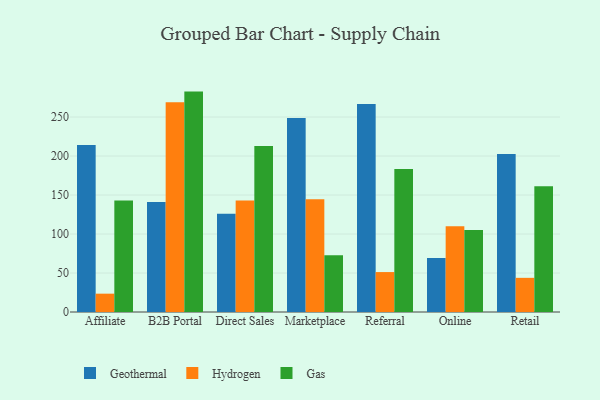
{"axis": {"x": "Channel", "y": "Latency (ms)"}, "legend": ["Gas", "Geothermal", "Hydrogen"], "data": [{"x": "Affiliate", "y": 214.2, "type": "Geothermal"}, {"x": "Affiliate", "y": 23.5, "type": "Hydrogen"}, {"x": "Affiliate", "y": 143.0, "type": "Gas"}, {"x": "B2B Portal", "y": 141.1, "type": "Geothermal"}, {"x": "B2B Portal", "y": 269.1, "type": "Hydrogen"}, {"x": "B2B Portal", "y": 282.6, "type": "Gas"}, {"x": "Direct Sales", "y": 126.0, "type": "Geothermal"}, {"x": "Direct Sales", "y": 142.9, "type": "Hydrogen"}, {"x": "Direct Sales", "y": 212.9, "type": "Gas"}, {"x": "Marketplace", "y": 248.9, "type": "Geothermal"}, {"x": "Marketplace", "y": 144.6, "type": "Hydrogen"}, {"x": "Marketplace", "y": 72.9, "type": "Gas"}, {"x": "Referral", "y": 266.6, "type": "Geothermal"}, {"x": "Referral", "y": 51.2, "type": "Hydrogen"}, {"x": "Referral", "y": 183.3, "type": "Gas"}, {"x": "Online", "y": 69.1, "type": "Geothermal"}, {"x": "Online", "y": 109.8, "type": "Hydrogen"}, {"x": "Online", "y": 105.2, "type": "Gas"}, {"x": "Retail", "y": 202.6, "type": "Geothermal"}, {"x": "Retail", "y": 43.8, "type": "Hydrogen"}, {"x": "Retail", "y": 161.1, "type": "Gas"}]}